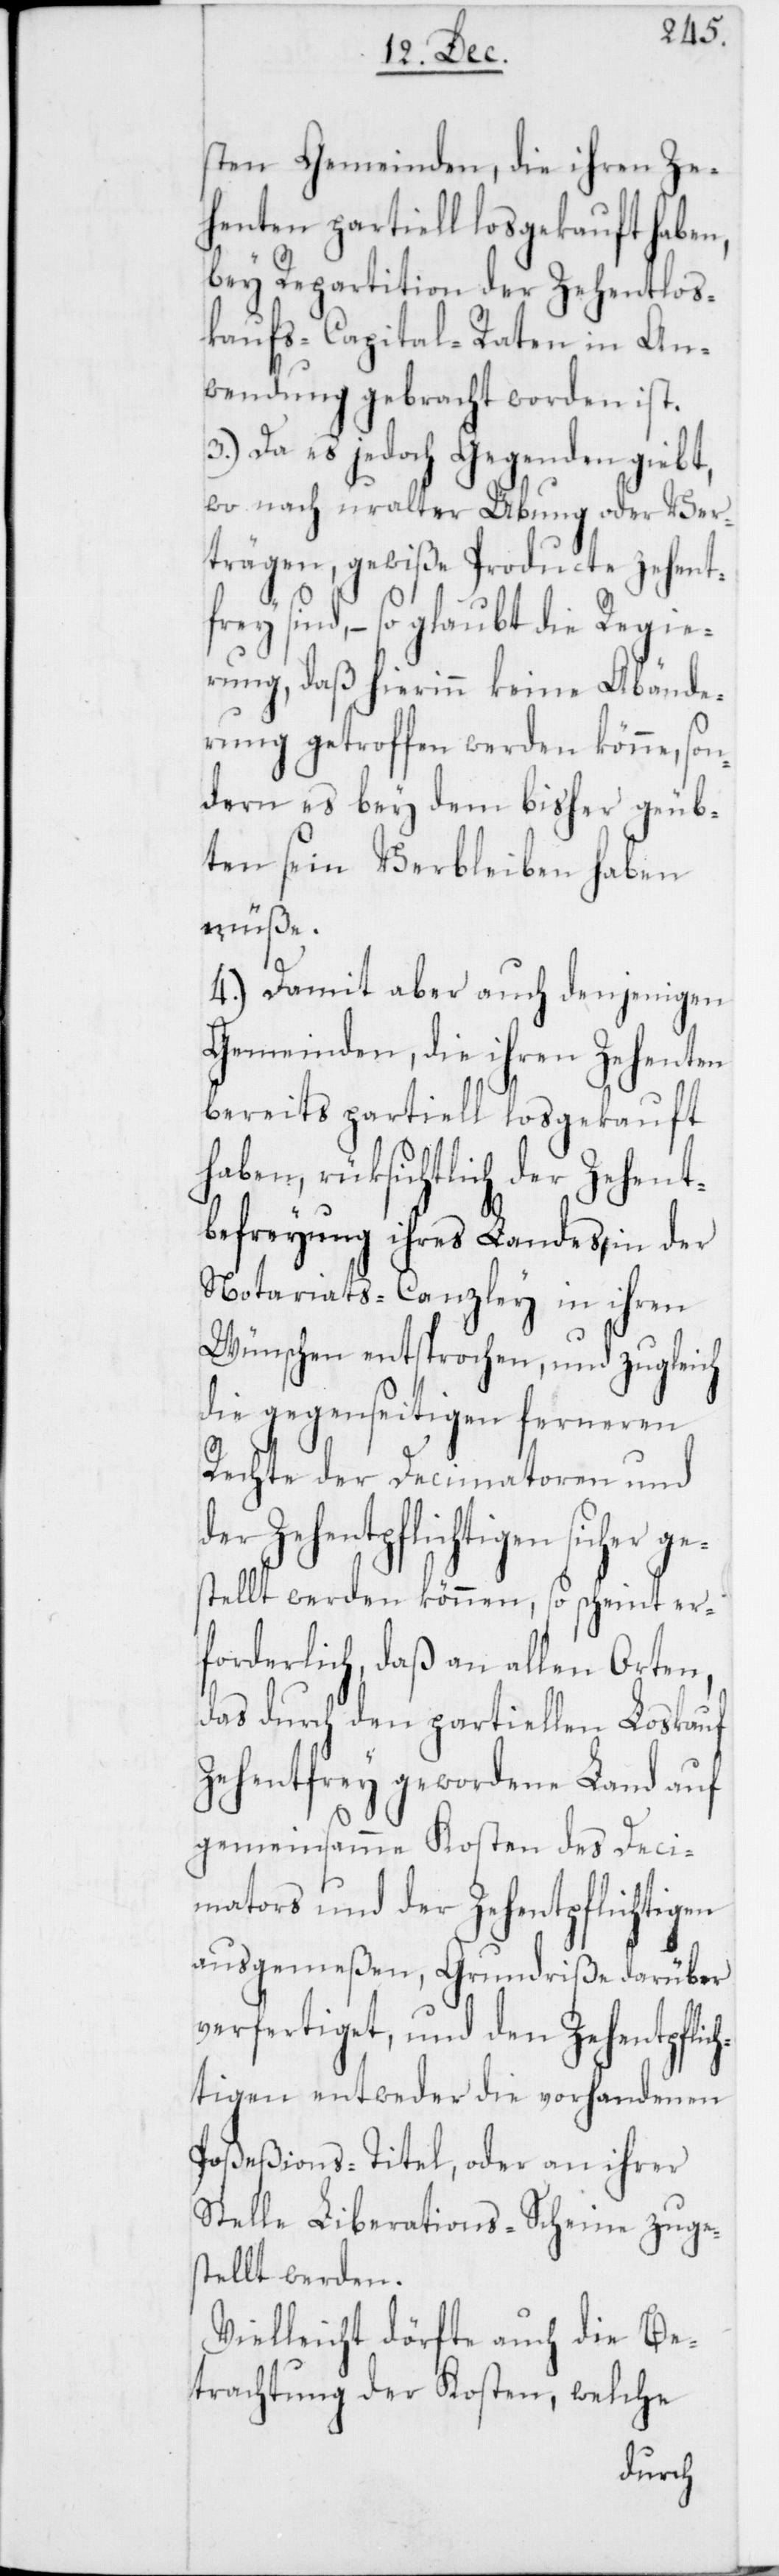
sten Gemeinden, die ihren Ze¬
henten partiell losgekauft haben,
bey Repartition der Zehentlos¬
kaufs-Capital-Raten in An¬
wendung gebracht worden ist.
3.) Da es jedoch Gegenden giebt,
wo nach uralter Übung oder Ver¬
trägen, gewiße Produkte zehent¬
frey sind, – so glaubt die Regie¬
rung, daß hierinn keine Abände¬
rung getroffen werden könne, son¬
dern es bey dem bisher geüb¬
ten sein Verbleiben haben
müße.
4.) Damit aber auch denjenigen
Gemeinden, die ihren Zehenten
bereits partiell losgekauft
haben, rüksichtlich der Zehent¬
befreyung ihres Landes, in der
Notariats-Canzley in ihren
Wünschen entsprochen, und zugleich
die gegenseitigen ferneren
Rechte der Decimatoren und
der Zehentpflichtigen sicherge¬
stellt werden können, so scheint er¬
forderlich, daß an allen Orten,
das durch den partiellen Loskauf
zehentfrey gewordene Land auf
gemeinsamme Kosten des Deci¬
mators und der Zehentpflichtigen
ausgemeßen, Grundriße darüber
verfertiget, und den Zehentpflich¬
tigen entweder die vorhandenen
Poßeßions-Titel oder an ihrer
Stelle Liberations-Scheine zuges¬
tellt werden.
Vielleicht dörfte auch die Be¬
trachtung der Kosten, welche